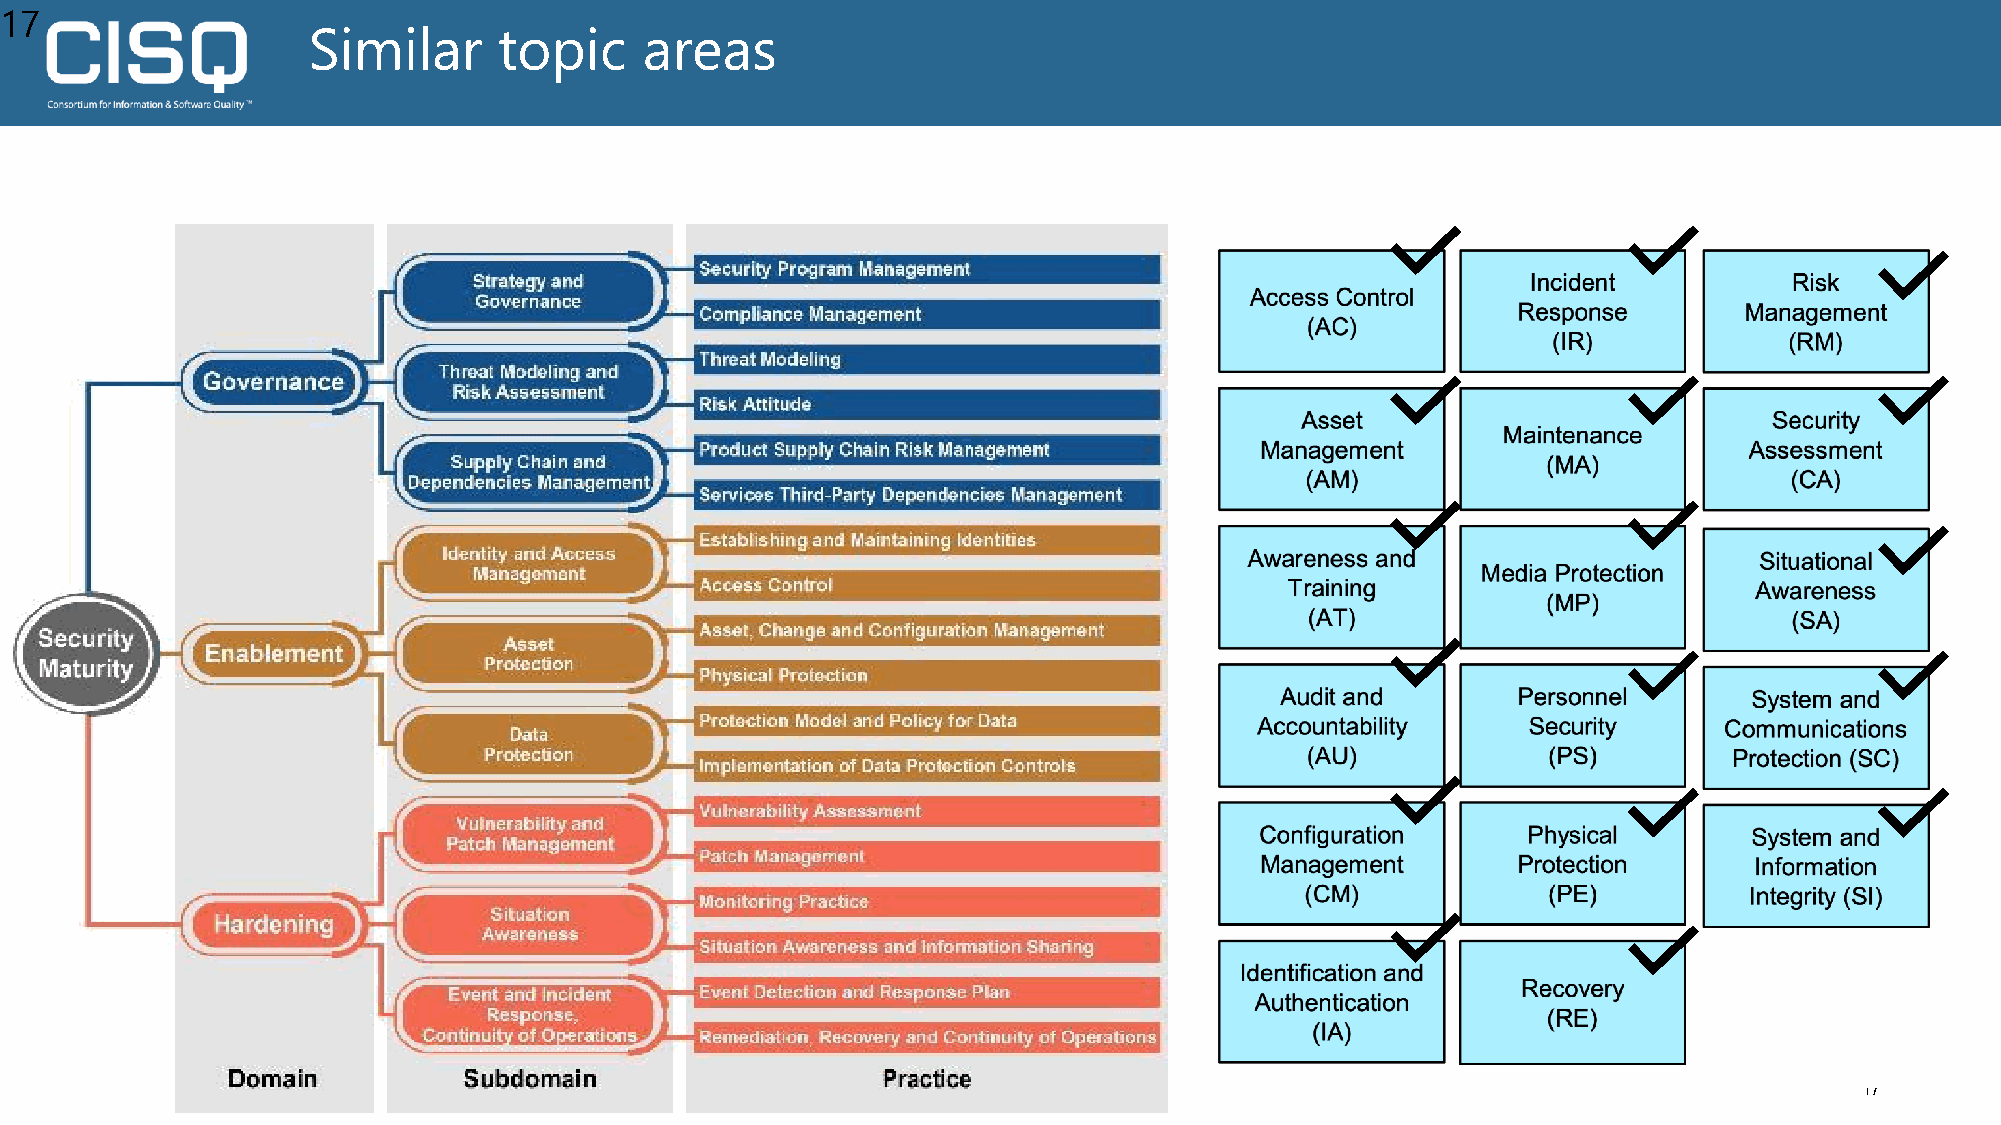
17
 Similar      topic     areas
 © 2021 Consortium for Information & Software Quality (CISQ) www.it-cisq.org                                            17